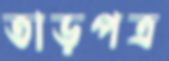
তাড়পত্র